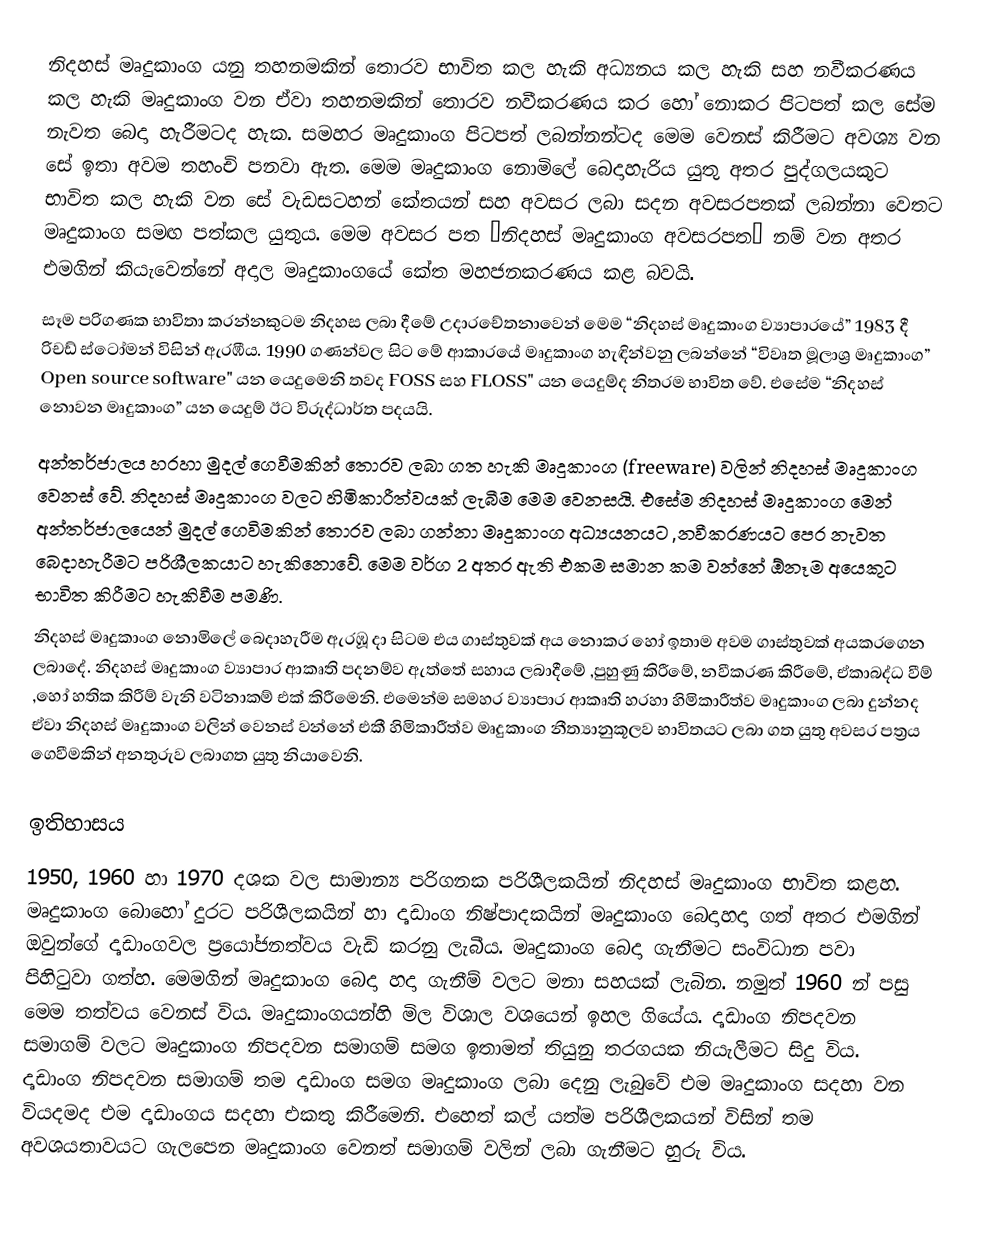
නිදහස් මෘදුකාංග යනු තහනමකින් තොරව භාවිත කල හැකි අධ්‍යනය කල හැකි සහ නවීකරණය කල හැකි මෘදුකාංග වන ඒවා තහනමකින් තොරව නවීකරණය කර හෝ නොකර පිටපත් කල සේම නැවත බෙදා හැරීමටද හැක. සමහර මෘදුකාංග පිටපත් ලබන්නන්ටද මෙම වෙනස් කිරීමට අවශ්‍ය වන සේ ඉතා අවම තහංචි පනවා ඇත. මෙම මෘදුකාංග නොමිලේ බෙදාහැරිය යුතු අතර පුද්ගලයකු‍ට භාවිත කල හැකි වන සේ වැඩසටහන් කේතයන් සහ අවසර ලබා සදන අවසරපතක් ලබන්නා වෙතට මෘදුකාංග සමඟ පත්කල යුතුය. මෙම අවසර පත “නිදහස් මෘදුකාංග අවසරපත” නම් වන අතර එමගින් කියැවෙන්නේ අදාල මෘදුකාංගයේ කේත මහජනකරණය කළ බවයි.
සෑම පරිගණක භාවිතා කරන්නකුටම නිදහස ලබා දීමේ උදාරචේතනාවෙන් මෙම “නිදහස් මෘදුකාංග ව්‍යාපාරයේ” 1983 දී රිචඩ් ස්ටෝමන් විසින් ඇරඹීය. 1990 ගණන්වල සිට මේ ආකාරයේ මෘදුකාංග හැඳින්වනු ලබන්නේ “විවෘත මූලාශ්‍ර මෘදුකාංග” Open source software" යන යෙදුමෙනි තවද FOSS සහ FLOSS" යන යෙදුම්ද නිතරම භාවිත වේ. එසේම “නිදහස් නොවන මෘදුකාංග” යන යෙදුම් ඊට විරුද්ධාර්ත පදයයි.
අන්තර්ජාලය හරහා මුදල් ගෙවීමකින් තොරව ලබා ගත හැකි මෘදුකාංග (freeware) වලින් නිදහස් මෘදුකාංග වෙනස් වේ. නිදහස් මෘදුකාංග වලට හිමිකාරීත්වයක් ලැබීම මෙම වෙනසයි. එසේම නිදහස් මෘදුකාංග මෙන් අන්තර්ජාලයෙන් මුදල් ගෙවිමකින් තොරව ලබා ගන්නා මෘදුකාංග අධ්‍යයනයට ,නවීකරණයට පෙර නැවත බෙදාහැරීමට පරිශීලකයාට හැකිනොවේ. මෙම වර්ග 2 අතර ඇති එකම සමාන කම වන්නේ ඕනෑම අයෙකුට භාවිත කිරීමට හැකිවීම පමණි.
නිදහස් මෘදුකාංග නොමිලේ බෙදාහැරීම ඇරඹූ දා සිටම එය ගාස්තුවක් අය නොකර හෝ ඉතාම අවම ගාස්තුවක් අයකරගෙන ලබාදේ. නිදහස් මෘදුකාංග ව්‍යාපාර ආකෘති පදනම්ව ඇත්තේ සහාය ලබාදීමේ ,පුහුණු කිරීමේ, නවීකරණ කිරීමේ, ඒකාබද්ධ වීම් ,හෝ හතික කිරීම් වැනි වටිනාකම් එක් කිරීමෙනි. එමෙන්ම සමහර ව්‍යාපාර ආකෘති හරහා හිමිකාරීත්ව මෘදුකාංග ලබා දුන්නද ඒවා නිදහස් මෘදුකාංග වලින් වෙනස් වන්නේ එකී හිමිකාරීත්ව මෘදුකාංග නීත්‍යානුකූලව භාවිතයට ලබා ගත යුතු අවසර පත්‍රය ගෙවීමකින් අනතුරුව ලබාගත යුතු නියාවෙනි.

ඉතිහාසය
1950, 1960 හා 1970 දශක වල සාමාන්‍ය පරිගනක පරිශීලකයින් නිදහස් මෘදුකාංග භාවිත කළහ. මෘදුකාංග බොහෝ දුරට පරිශීලකයින් හා දෘඩාංග නිෂ්පාදකයින් මෘදුකාංග බෙදාහදා ගත් අතර එමගින් ඔවුන්ගේ දෘඩාංගවල ප්‍රයෝජනත්වය වැඩි කරනු ලැබීය. මෘදුකාංග බෙදා ගැනීමට සංවිධාන පවා පිහිටුවා ගත්හ. මෙමගින් මෘදුකාංග බෙදා හදා ගැනීම් වලට මනා සහයක් ලැබින. නමුත් 1960 න් පසු මෙම තත්වය වෙනස් විය. මෘදුකාංගයන්හි මිල විශාල වශයෙන් ඉහල ගියේය. දෘඩාංග නිපදවන සමාගම් වලට මෘදුකාංග නිපදවන සමාගම් සමග ඉතාමත් තියුනු තරගයක නියැලීමට සිදු විය. දෘඩාංග නිපදවන සමාගම් තම දෘඩාංග සමග මෘදුකාංග ලබා දෙනු ලැබුවේ එම මෘදුකාංග සදහා වන වියදමද එම දෘඩාංගය සදහා එකතු කිරීමෙනි. එහෙත් කල් යත්ම පරිශීලකයන් විසින් තම අවශයතාවයට ගැලපෙන මෘදුකාංග වෙනත් සමාගම් වලින් ලබා ගැනීමට හුරු විය.